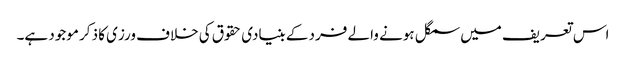
اس تعریف میں سمگل ہونے والے فرد کے بنیادی حقوق کی خلاف ورزی کا ذکر موجود ہے۔